Code of medical and sanitary regulations for the guidance of medical officers serving in the Madras Presidency - Volume I
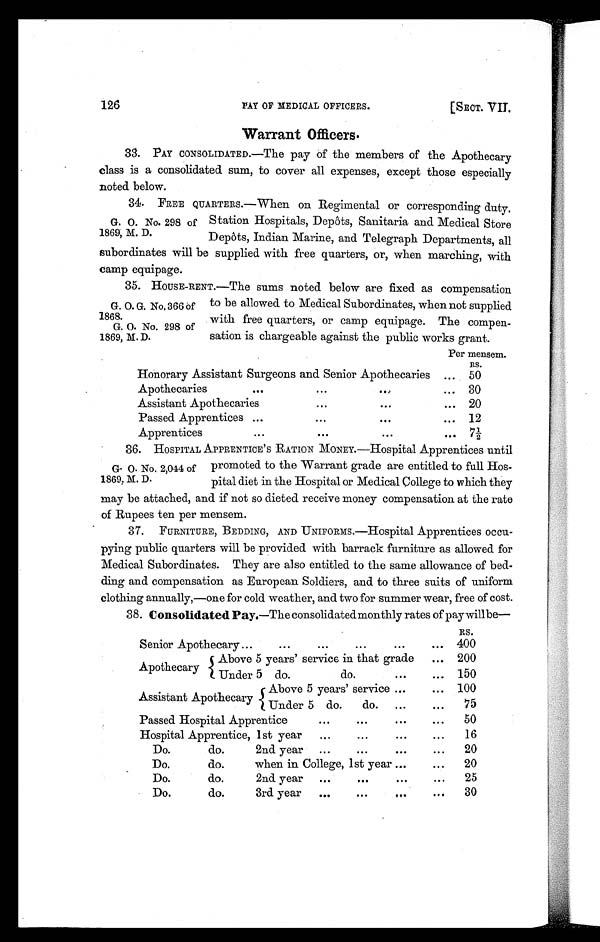
126
PAY OF MEDICAL OFFICERS.
[SECT. VI
I.
Warrant Officers.
33. PAY CONSOLIDATED.—The pay of the members of the Apothecary
class is a consolidated sum, to cover all expenses, except those especially
noted below.
34. FREE QUARTERS.—When on Regimental or corresponding duty.
Station Hospitals, Depots, Sanitaria and Medical Store
Depôts, Indian Marine, and Telegraph Departments, all
subordinates will be supplied with free quarters, or, when marching, with
camp equipage.
35. HOUSE-RENT.—The sums noted below are fixed as compensation
to be allowed to Medical Subordinates, when not supplied
with free quarters, or camp equipage. The compen-
sation is chargeable against the public works grant.
Per mensem.
Rs.
Honorary Assistant Surgeons and Senior Apothecaries ... 50
Apothecaries
...
...
. . .
... 30
Assistant Apothecaries
. . . ...
... 20
Passed Apprentices ...
...
. . .
... 12
Apprentices
...
. . .
. . .
... 7½
36. HOSPITAL APPRENTICE'S RATION MONEY.—Hospital Apprentices until
promoted to the Warrant grade are entitled to full Hos-
pital diet in the Hospital or Medical College to which they
may be attached, and if not so dieted receive money compensation at the rate
of Rupees ten per mensem.
37. FURNITURE, BEDDING, AND UNIFORMS.—Hospital Apprentices occu-
pying public quarters will be provided with barrack furniture as allowed for
Medical Subordinates. They are also entitled to the same allowance of bed-
ding and compensation as European Soldiers, and to three suits of uniform
clothing annually,—one for cold weather, and two for summer wear, free of cost.
38. Consolidated Pay.—The consolidatedmonthly rates of pay willbe
—
RS.
Senior Apothecary ...
...
...
...
...
... 400
Apothecary
Above 5 years' service in that grade
... 200
Under 5 do.
do.
...
... 150
Assistant Apothecary
Above 5 years' service ...
... 100
Under 5 do.
do. ...
. . .
75
Passed Hospital Apprentice
...
...
...
...
50
Hospital Apprentice, 1st year ...
...
...
...
16
Do.
do.
2nd year ...
...
...
...
20
Do.
do.
when in College, 1st year ...
...
20
Do.
do.
2nd year ...
...
...
...
25
Do.
do.
3rd year ...
..•
...
...
30
G. O. No. 298 of
1869, M. D.
G. O. G. No. 366 of
1868.
G. O. No. 298 of
1869, M. D.
G. O. No. 2,044 of
1869, M. D.